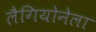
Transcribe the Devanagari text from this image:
लैगियोनेला